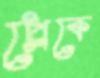
প্লেকে